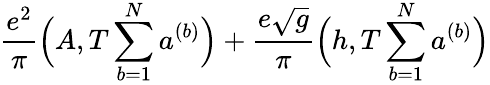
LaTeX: \frac{e^{2}}{\pi}\Big(A,T\sum_{b=1}^{N}a^{(b)}\Big)+\frac{e\sqrt{g}}{\pi}\Big(h,T\sum_{b=1}^{N}a^{(b)}\Big)